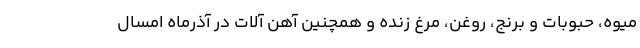
میوه، حبوبات و برنج، روغن، مرغ زنده و همچنین آهن آلات در آذرماه امسال